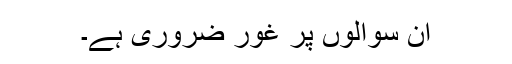
ان سوالوں پر غور ضروری ہے۔